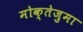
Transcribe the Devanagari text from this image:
मोक्तेजुमा